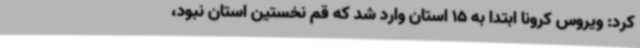
کرد: ویروس کرونا ابتدا به 15 استان وارد شد که قم نخستین استان نبود،